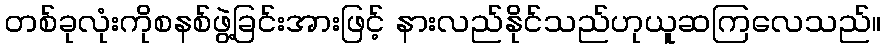
တစ်ခုလုံးကိုစနစ်ဖွဲ့ခြင်းအားဖြင့် နားလည်နိုင်သည်ဟုယူဆကြလေသည်။